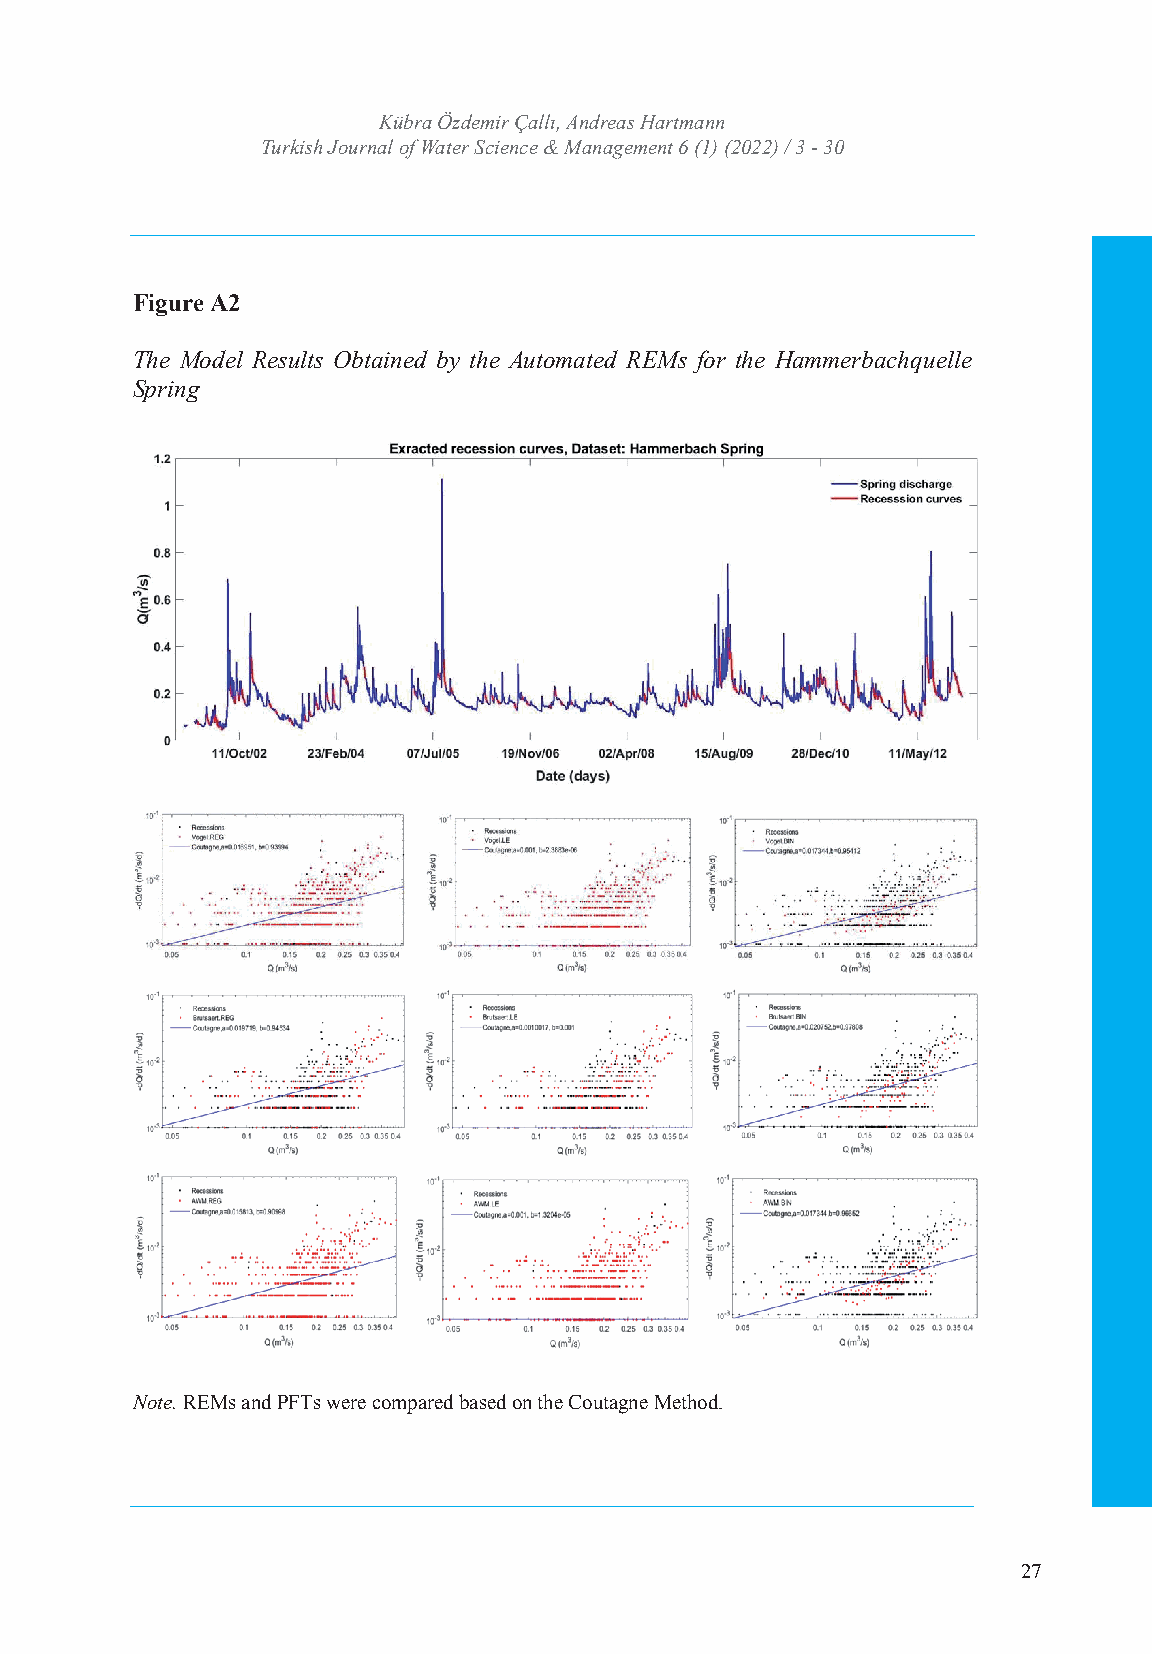
TURKISH JOURNAL OF WATER SCIENCE AND MANAGEMENT
 TurkKisühb rJao uÖrnzdale mofi rW Çaatellrı ,S Acniednrceea s& H Maratnmaagnenment
 Turkish Journal of WISaSNte:r 2 S53c6i e4n7c4Xe &/ e -MISSaNn:a 2g5e6m4-e7n33t 46 (1) (2022) / 3 - 30
 Volume: 6 Issue: 1 Year: 2022
 Figure A2
 The Model Results Obtained by the Automated REMs for the Hammerbachquelle
 Spring
 Note. REMs and PFTs were compared based on the Coutagne Method.
 27